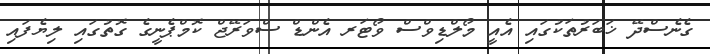
ގެނެސްދޭ ޚަބަރުތަކުގައި އެއީ މޯލްޑިވްސް ވޯޓަރ އެންޑް ސްވަރޭޖް ކޮމްޕެނީގެ ގޮތުގައި ލިޔެފައި